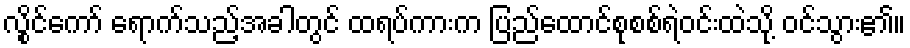
လွိုင်ကော် ရောက်သည့်အခါတွင် ထရပ်ကားက ပြည်ထောင်စုစစ်ရဲဝင်းထဲသို့ ဝင်သွား၏။